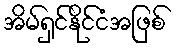
အိမ်ရှင်နိုင်ငံအဖြစ်